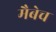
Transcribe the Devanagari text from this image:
मैबेच